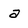
Character: a